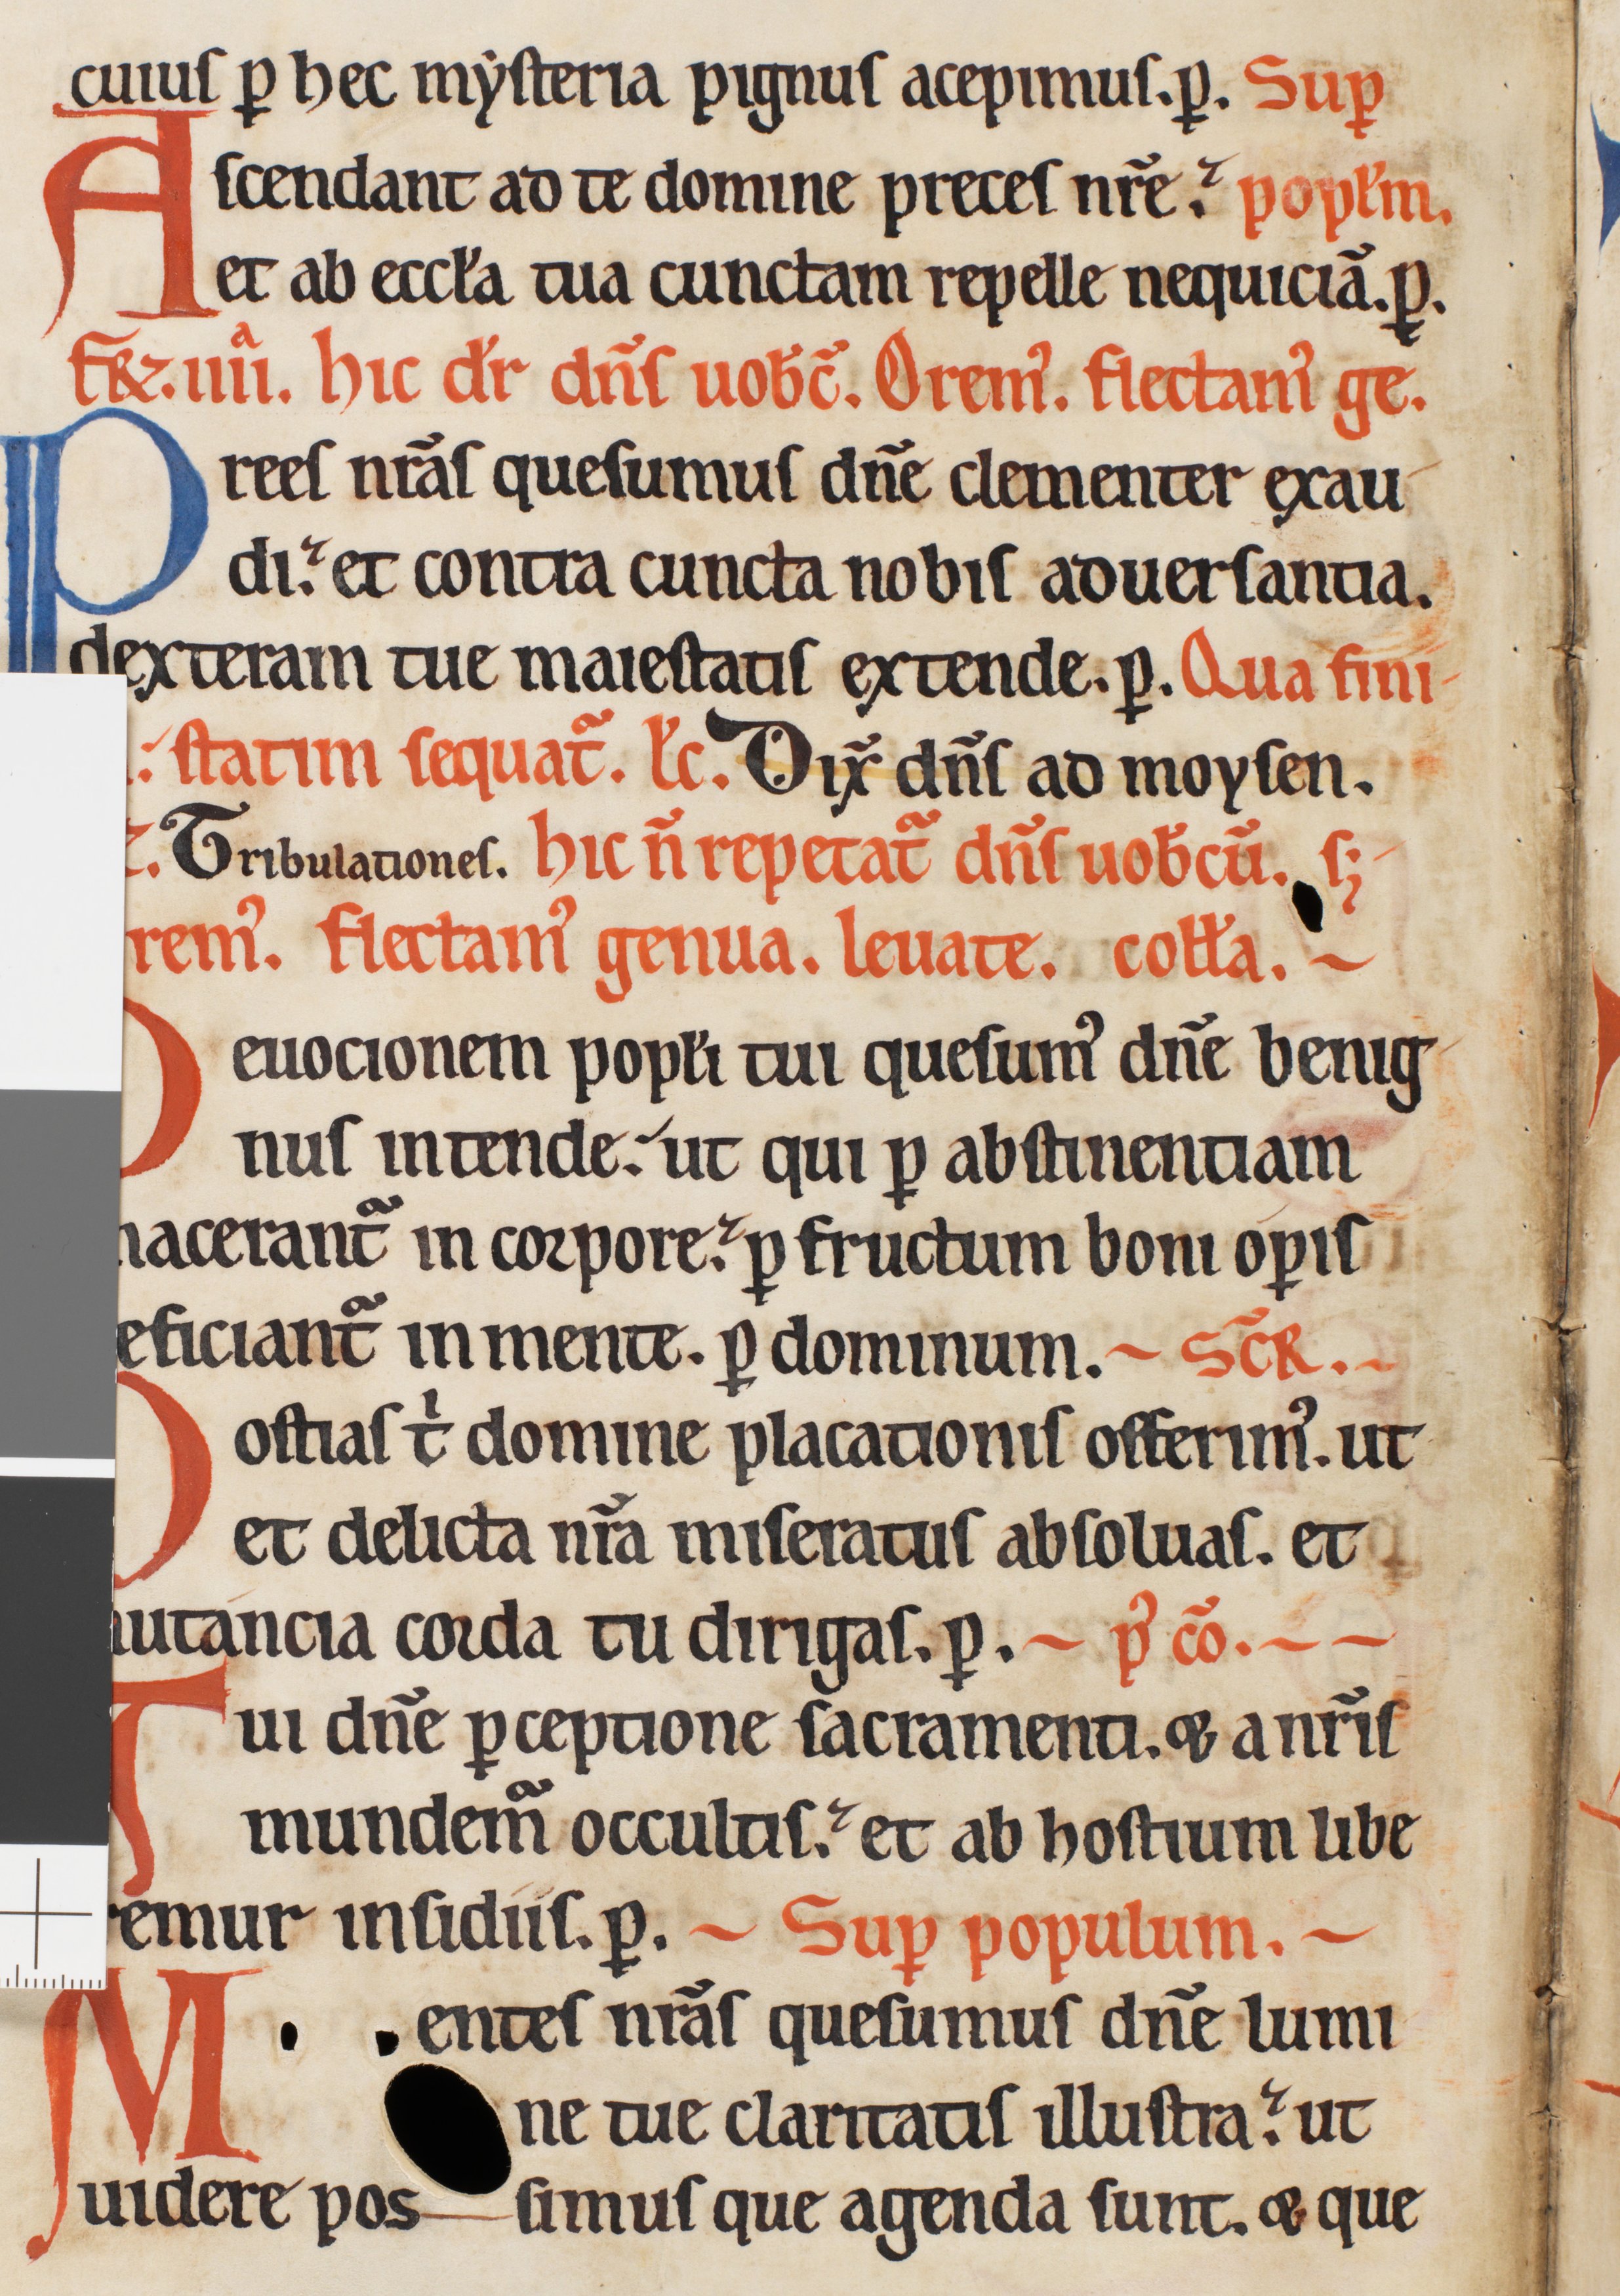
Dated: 1185–1215